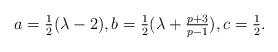
LaTeX: \begin{align*}a= \tfrac12 (\lambda -2), b=\tfrac12 (\lambda + \tfrac{p+3}{p-1}), c=\tfrac12.\end{align*}